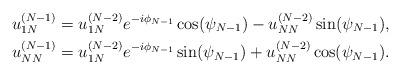
LaTeX: \begin{align*}u^{(N-1)}_{1N}&=u^{(N-2)}_{1N}e^{-i\phi_{N-1}}\cos(\psi_{N-1})-u^{(N-2)}_{NN}\sin(\psi_{N-1}),\\u^{(N-1)}_{NN}&=u^{(N-2)}_{1N}e^{-i\phi_{N-1}}\sin(\psi_{N-1})+u^{(N-2)}_{NN}\cos(\psi_{N-1}).\end{align*}